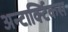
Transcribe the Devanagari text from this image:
अन्टार्क्टिकस